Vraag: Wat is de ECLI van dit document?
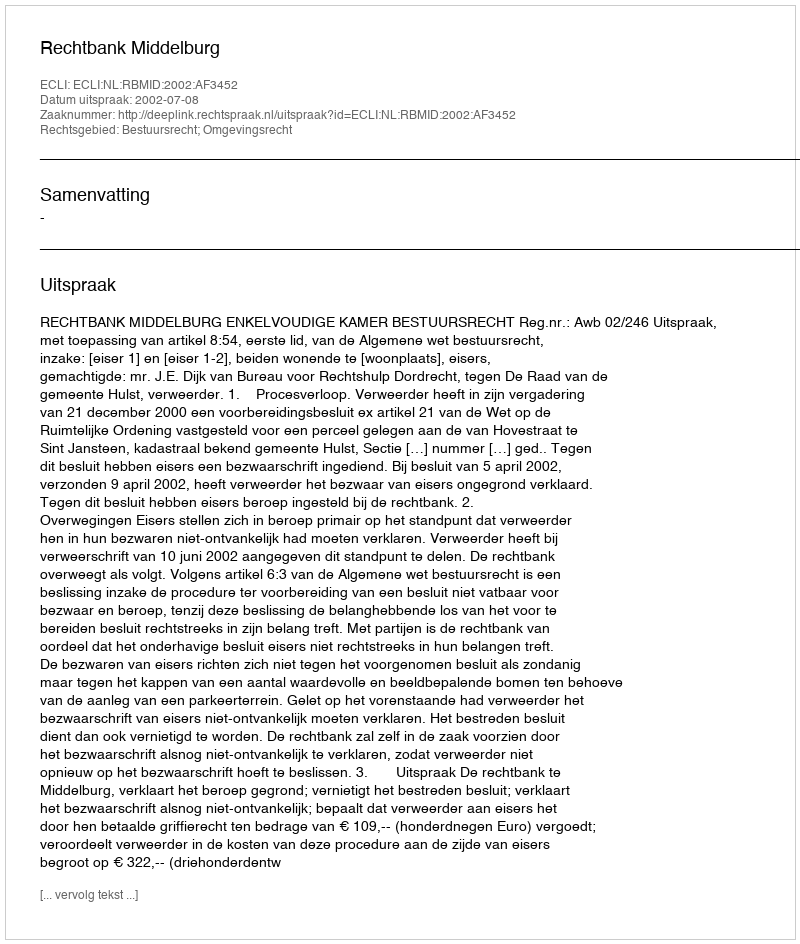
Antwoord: ECLI:NL:RBMID:2002:AF3452